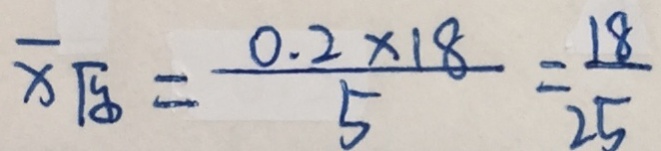
\overline { x } \sqrt { y } = \frac { 0 . 2 \times 1 8 } { 5 } = \frac { 1 8 } { 2 5 }